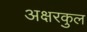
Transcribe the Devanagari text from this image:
अक्षरकुल